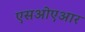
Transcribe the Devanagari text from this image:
एसओएआर